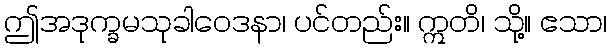
ဤအဒုက္ခမသုခါဝေဒနာ၊ ပင်တည်း။ ဣတိ၊ သို့။ ဧသာ၊